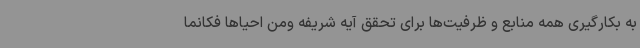
به بکارگیری همه منابع و ظرفیت‌ها برای تحقق آیه شریفه ومن احیاها فکانما